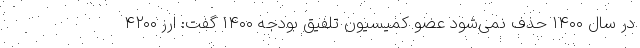
در سال ۱۴۰۰ حذف نمی‌‌شود عضو کمیسیون تلفیق بودجه ۱۴۰۰ گفت: ارز ۴۲۰۰